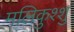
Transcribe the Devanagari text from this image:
मलिकुश्शु